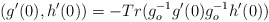
\begin{align*}(g'(0),h'(0))=-Tr (g^{-1}_o g'(0) g^{-1}_o h'(0))\end{align*}